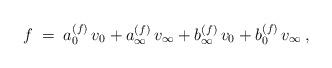
LaTeX: \begin{align*} f\;=\;a_0^{(f)}\,v_0+a_\infty^{(f)}\,v_\infty+b_\infty^{(f)}\,v_0+ b_0^{(f)}\,v_\infty\,,\end{align*}